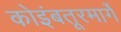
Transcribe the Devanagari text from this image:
कोइंबतूरमार्गे